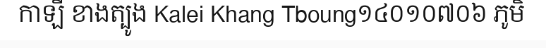
កាឡី ខាងត្បូង Kalei Khang Tboung១៤០១០៧០៦ ភូមិ